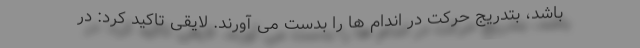
باشد، بتدریج حرکت در اندام ها را بدست می آورند. لایقی تاکید کرد: در